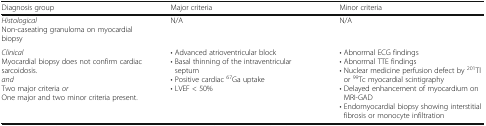
<table><thead><tr><td><b>Diagnosis group</b></td><td><b>Major criteria</b></td><td><b>Minor criteria</b></td></tr></thead><tbody><tr><td><i>Histological</i>Non-caseating granuloma on myocardial biopsy</td><td>N/A</td><td>N/A</td></tr><tr><td><i>Clinical</i>Myocardial biopsy does not confirm cardiac sarcoidosis.<i>and</i>Two major criteria <i>or</i>One major and two minor criteria present.</td><td>• Advanced atrioventricular block• Basal thinning of the intraventricular septum• Positive cardiac <sup>67</sup>Ga uptake• LVEF &lt; 50%</td><td>• Abnormal ECG findings• Abnormal TTE findings• Nuclear medicine perfusion defect by <sup>201</sup>Tl or <sup>99</sup>Tc myocardial scintigraphy• Delayed enhancement of myocardium on MRI-GAD• Endomyocardial biopsy showing interstitial fibrosis or monocyte infiltration</td></tr></tbody></table>